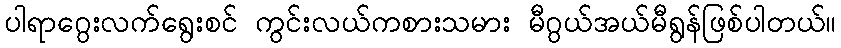
ပါရာဂွေးလက်ရွေးစင် ကွင်းလယ်ကစားသမား မီဂွယ်အယ်မီရွန်ဖြစ်ပါတယ်။